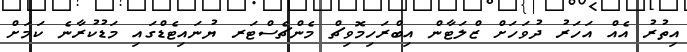
އިތުރު އެއް އަހަރު ދުވަހަށް ޒްލަޓާން އިބްރަހިމޮވިޗް މެންޗެސްޓަރ ޔުނައިޓެޑްގައި މަޑުކުރާނެ ކަމަށް